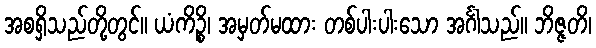
အစရှိသည်တို့တွင်။ ယံကိဉ္စိ၊ အမှတ်မထား တစ်ပါးပါးသော အင်္ဂါသည်။ ဘိဇ္ဇတိ၊